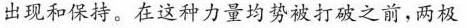
出现和保持。在这种力量均势被打破之前，两极